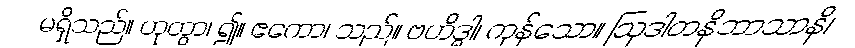
မရှိသည်။ ဟုတွာ၊ ၍။ ဧကော၊ သည်။ ဗဟိဒ္ဓါ၊ ကုန်သော။ ဩဒါတနိဘာသာနိ၊